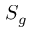
S _ { g }